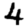
Digit: 4